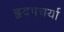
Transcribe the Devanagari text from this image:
हृदपचर्या